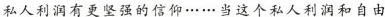
私人利润有更坚强的信仰…… 当这个私人利润和自由